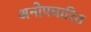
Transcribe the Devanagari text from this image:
अनोपचारित